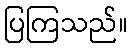
ပြကြသည်။